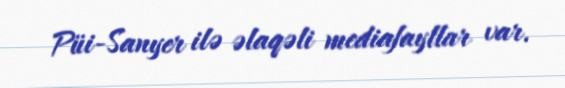
Püi-Sanyer ilə əlaqəli mediafayllar var.